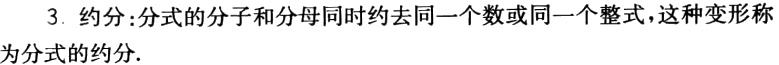
3. 约分：分式的分子和分母同时约去同一个数或同一个整式，这种变形称为分式的约分.